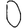
Digit: 0